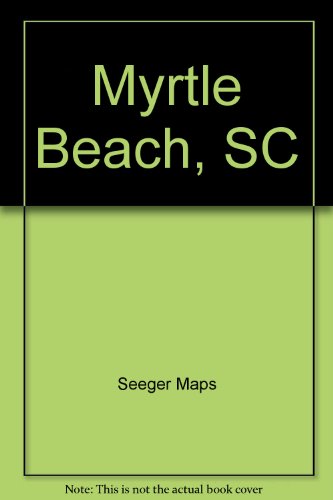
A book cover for Myrtle Beach, SC; Seeger Maps; Travel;